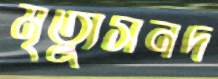
মৃত্যুসনদ